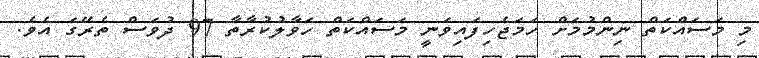
މި މަސައްކަތް ނިންމުމަށް ހަމަޖެހިފައިވަނީ މަސައްކަތް ހަވާލުކުރާތާ 97 ދުވަސް ތެރޭގަ އެވެ.